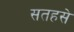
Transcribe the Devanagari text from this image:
सतहसे